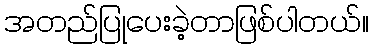
အတည်ပြုပေးခဲ့တာဖြစ်ပါတယ်။